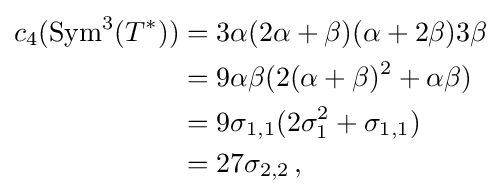
{\begin{aligned}c_{4}({\text{Sym}}^{3}(T^{*}))&=3\alpha (2\alpha +\beta )(\alpha +2\beta )3\beta \\&=9\alpha \beta (2(\alpha +\beta )^{2}+\alpha \beta )\\&=9\sigma _{1,1}(2\sigma _{1}^{2}+\sigma _{1,1})\\&=27\sigma _{2,2}\,,\end{aligned}}